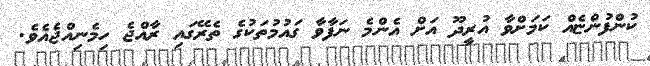
ކުންފުންޏެއް ކަމަށްވާ އުރީދޫ އަށް އެންމެ ނަފާވާ ގައުމުތަކުގެ ތެރޭގައި ރާއްޖެ ހިމެނިއްޖެއެވެ.